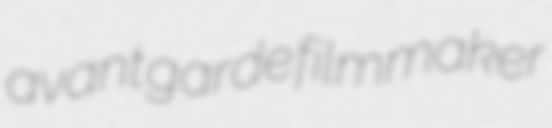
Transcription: avant garde filmmaker